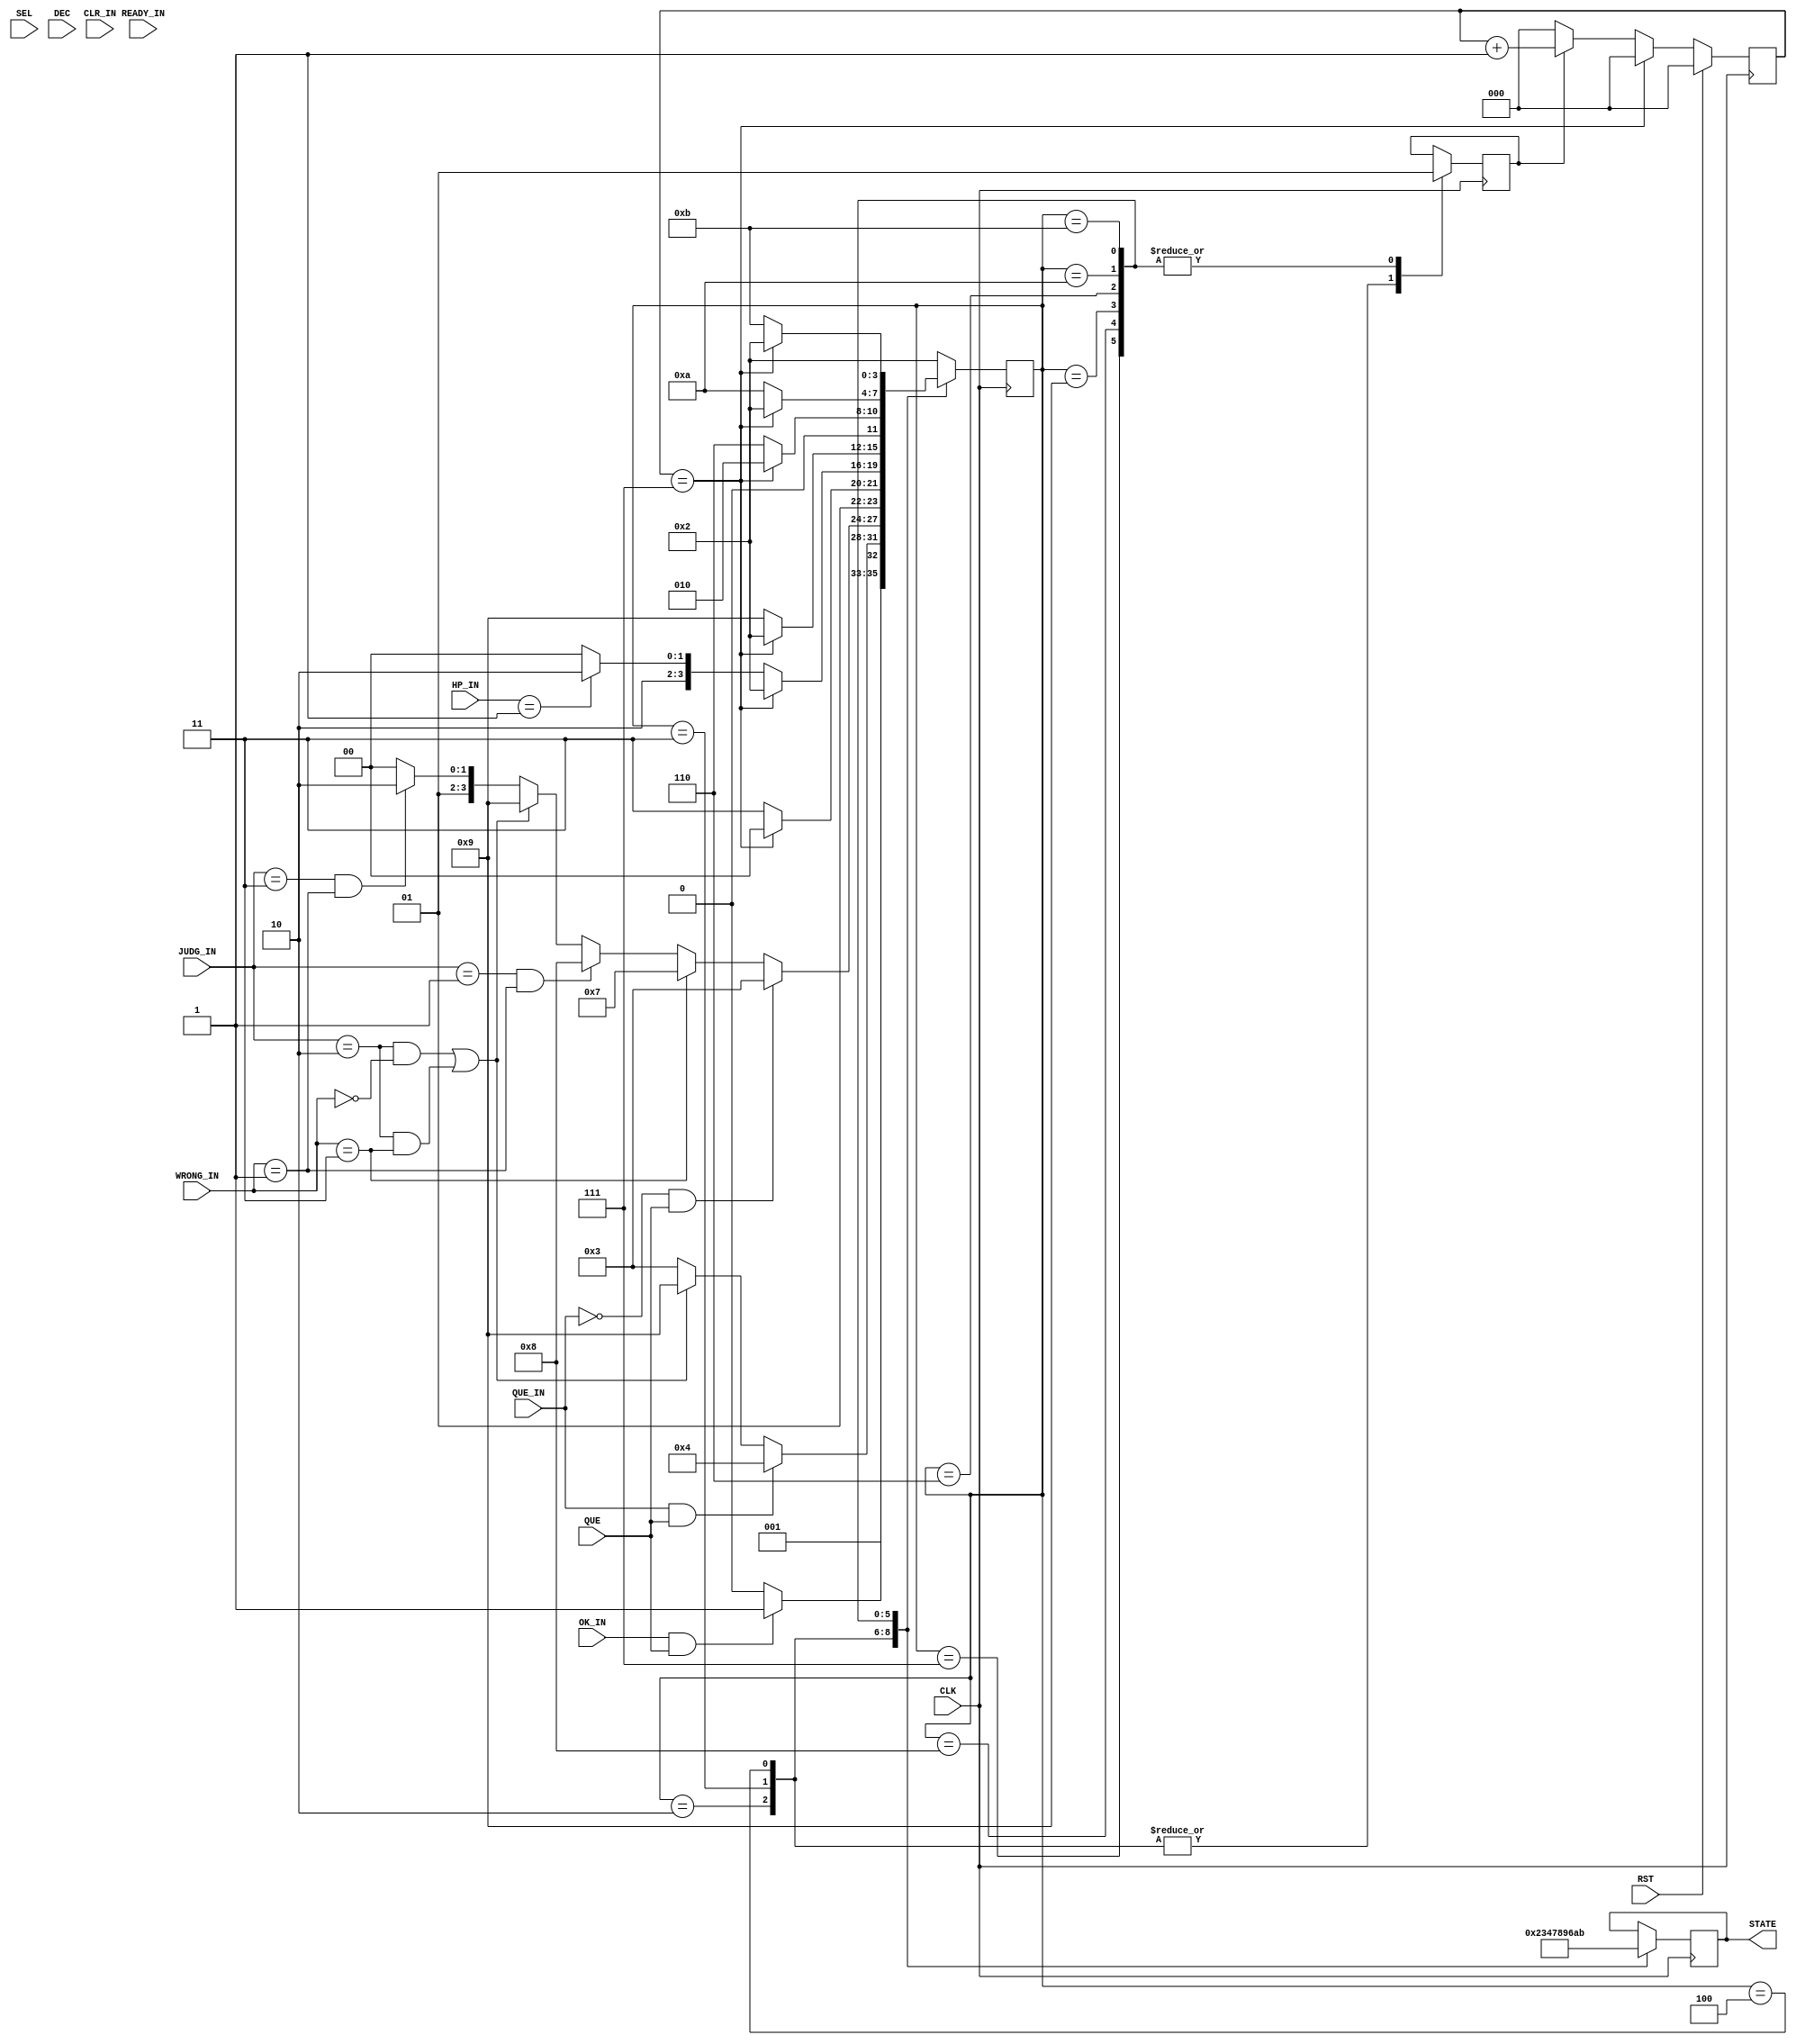
module CONTROL(
    input [2:0] SEL,
    input CLK, RST, READY_IN, QUE_IN, DEC, CLR_IN,//QUE_IN is BOUT
    input OK_IN, //????????????READY?????????????????
    input [1:0] HP_IN,//00????,01??????,10??????
    input QUE,//QUE is INPUT's q_ok    Question is already  not 0 or  0
    input [1:0] JUDG_IN,  //???????????
    input [1:0] WRONG_IN,//??????????????

  

    //output reg READY_OUT,
     output reg [3:0] STATE
	//  output reg [2:0] SEL_OUT,
	//  output reg DEC_OUT, CLR_OUT
);

reg[3:0] cur,nxt;
localparam  READY = 4'b0010, QUESTION = 4'b0011, INPUT = 4'b0100, DRAW = 4'b0110
            , WRONG = 4'b0111, GOOD = 4'b1000, OUCH = 4'b1001, WIN = 4'b1010, LOSE = 4'b1011;

// reg SW0;
// initial begin
//   SW0 <= 0;
// end
// always @(posedge CLK) begin
//      if(SW0 == 0 && QUE_IN)   //R is Flag of QUESTION   QUE_IN is SW9
// 	      SW0 <= 1;             
// 		else if(SW0 == 1 && QUE_IN || STATE == READY) //if question is not prepared ,don't go next
// 		   SW0 <= 0;
// end



always @( posedge CLK) begin // When Clear
  if(RST)
    cur <= READY;
  else
    cur <= nxt;
end


always @(posedge CLK) begin //Change State
  case(nxt)
    READY:   STATE <= READY; //modi NEED_1SEC0
    QUESTION: STATE <= QUESTION; //modi
    INPUT:   STATE <= INPUT; //modi
    WRONG:   STATE <= WRONG; 
    GOOD:    STATE <= GOOD;
    OUCH:    STATE <= OUCH; 
    DRAW:    STATE <= DRAW; 
    WIN:     STATE <= WIN; 
    LOSE:    STATE <= LOSE;  
  endcase
end


reg NEED_1SEC;//
initial begin
  NEED_1SEC <= 0;
end


always @(posedge  CLK) begin
    case(nxt)
      READY:   NEED_1SEC <= 0; //modi NEED_1SEC0
      QUESTION:NEED_1SEC <= 0; //modi
      INPUT:   NEED_1SEC <= 0; //modi
      WRONG:   NEED_1SEC <= 1; 
      GOOD:    NEED_1SEC <= 1;
      OUCH:    NEED_1SEC <= 1; 
      DRAW:    NEED_1SEC <= 1; 
      WIN:     NEED_1SEC <= 1; 
      LOSE:    NEED_1SEC <= 1;  
  endcase
end



reg [2:0] cnt;
wire EN1HZ = (cnt==3'd7);

always @(posedge CLK)begin   //Count 1sec
    if(RST)
      cnt <= 3'b0;
    else if(EN1HZ) // Enough = 0 || First =0
    //else if(EN1HZ)
      cnt <= 3'b0;
    else if(NEED_1SEC == 1) // When  WRONG ,GOOD,OUCH,DRAW ,WIN ,LOSE
    //else if(STATE == GOOD || STATE == WRONG || STATE == OUCH || STATE == DRAW || STATE == LOSE || STATE == WIN)  
       cnt <= cnt + 3'b1;  //inc
       //cnt <= cnt ;
    else 
      cnt <= 3'b0;  //cnt <= cnt is error
end


always @(posedge CLK)begin
    
    case(nxt)   
        READY: 
                if(OK_IN && QUE)//OK_INQUE
                    nxt <= QUESTION; //????
                else
                    nxt <= READY;
        QUESTION:
                   //if(R6 == 1 && QUE) //???????????????????????????????????
                   if(QUE_IN == 1 && QUE)
                    nxt <= INPUT;
                   else if((JUDG_IN == 2'b10 && WRONG_IN == 2'b00) || (JUDG_IN == 2'b10 && WRONG_IN == 2'b11))
                    nxt <= OUCH;
                   else   
                    nxt <= QUESTION;
                    //nxt <= READY; 
        
        INPUT: 
                if(QUE_IN == 0 && QUE)
                    nxt <= QUESTION;
                else if(WRONG_IN == 2'b11)
                    nxt <= WRONG;
                else if(JUDG_IN == 2'b01 && WRONG_IN == 2'b01)
                    nxt <= GOOD;
                else if((JUDG_IN == 2'b10 && WRONG_IN == 2'b00) || (JUDG_IN == 2'b10 && WRONG_IN == 2'b11))
                    nxt <= OUCH;
                else if(JUDG_IN == 2'b11 && WRONG_IN == 2'b01)
                    nxt <= DRAW;
                else 
                    nxt <= INPUT;
                    //nxt <= READY;

        WRONG: //Fail
               
               if(EN1HZ)
                nxt <= INPUT;
               else 
                nxt <= WRONG;
        
        GOOD: 
             
              if(EN1HZ)
                nxt <= READY;
              else if(HP_IN == 01) 
                nxt <= WIN;
              else
                nxt <= GOOD;

        OUCH: 
              
              if(EN1HZ)
                nxt <= READY;
              else if(HP_IN == 10)
                nxt <= LOSE;
              else 
                nxt <= OUCH;

        DRAW: 
              
              if(EN1HZ)
                nxt <= READY;
              else
                nxt <= DRAW;

        WIN: 
            
             if(EN1HZ)
               nxt <= READY;
             else 
               nxt <= WIN;

        LOSE:
             
             if(EN1HZ)
               nxt <= READY;
             else 
               nxt <= LOSE;

        default: nxt <= READY;
    endcase
end





endmodule